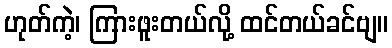
ဟုတ်ကဲ့၊ ကြားဖူးတယ်လို့ ထင်တယ်ခင်ဗျ။